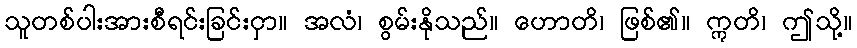
သူတစ်ပါးအားစီရင်းခြင်းငှာ။ အလံ၊ စွမ်းနိုသည်။ ဟောတိ၊ ဖြစ်၏။ ဣတိ၊ ဤသို့။